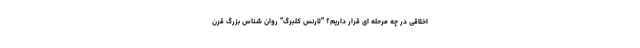
اخلاقی در چه مرحله ای قرار داریم؟ "لارنس کُلبِرگ" روان شناس بزرگ قرن